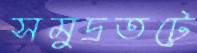
সমুদ্রতটে